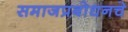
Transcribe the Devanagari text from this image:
समाजप्रबोधनचे